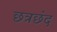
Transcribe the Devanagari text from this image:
छत्रछंद